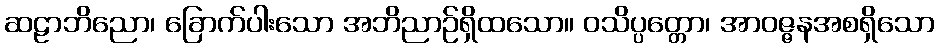
ဆဠာဘိညော၊ ခြောက်ပါးသော အဘိညာဉ်ရှိထသော။ ဝသိပ္ပတ္တော၊ အာဝဇ္ဇနအစရှိသော